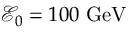
\mathcal { E } _ { 0 } = 1 0 0 \ \mathrm { G e V }